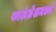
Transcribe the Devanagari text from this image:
फाऊंडेशमध्ये